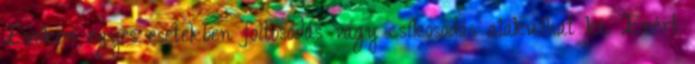
Ezeken egyes esetekben foltosodás vagy csíkosodás alakulhat ki. Ezért